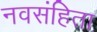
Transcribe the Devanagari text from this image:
नवसंहिता